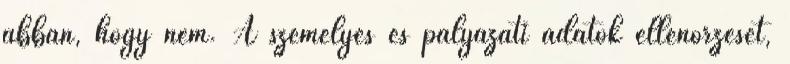
abban, hogy nem. A személyes és pályázati adatok ellenőrzését,